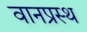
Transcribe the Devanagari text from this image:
वानप्रस्‍थ